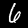
Digit: 6